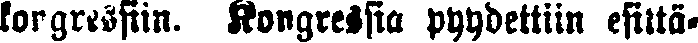
kongressiin. Kongressia pyydettiin esittä-